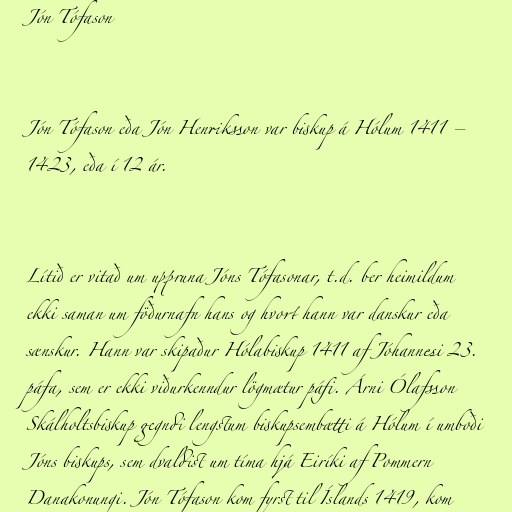
Jón Tófason

Jón Tófason eða Jón Henriksson var biskup á Hólum 1411 –
1423, eða í 12 ár.

Lítið er vitað um uppruna Jóns Tófasonar, t.d. ber heimildum
ekki saman um föðurnafn hans og hvort hann var danskur eða
sænskur. Hann var skipaður Hólabiskup 1411 af Jóhannesi 23.
páfa, sem er ekki viðurkenndur lögmætur páfi. Árni Ólafsson
Skálholtsbiskup gegndi lengstum biskupsembætti á Hólum í umboði
Jóns biskups, sem dvaldist um tíma hjá Eiríki af Pommern
Danakonungi. Jón Tófason kom fyrst til Íslands 1419, kom